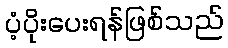
ပံ့ပိုးပေးရန်ဖြစ်သည်